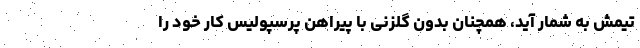
تیمش به شمار آید، همچنان بدون گلزنی با پیراهن پرسپولیس کار خود را